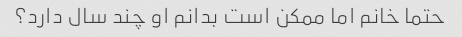
حتما خانم اما ممکن است بدانم او چند سال دارد؟